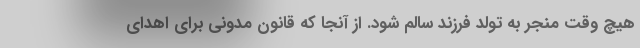
هیچ وقت منجر به تولد فرزند سالم شود. از آنجا که قانون مدونی برای اهدای